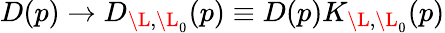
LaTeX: D(p)\rightarrow D_{\L,\L_{0}}(p)\equiv D(p)K_{\L,\L_{0}}(p)